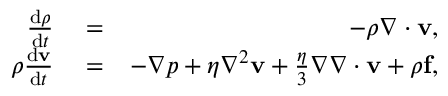
\begin{array} { r l r } { \frac { { \mathrm { d } } \rho } { { \mathrm { d } } t } } & { { } = } & { - \rho \nabla \cdot \mathbf { v } , } \\ { \rho \frac { { \mathrm { d } } \mathbf { v } } { { \mathrm { d } } t } } & { { } = } & { - \nabla p + \eta \nabla ^ { 2 } \mathbf { v } + \frac { \eta } { 3 } \nabla \nabla \cdot \mathbf { v } + \rho \mathbf { f } , } \end{array}